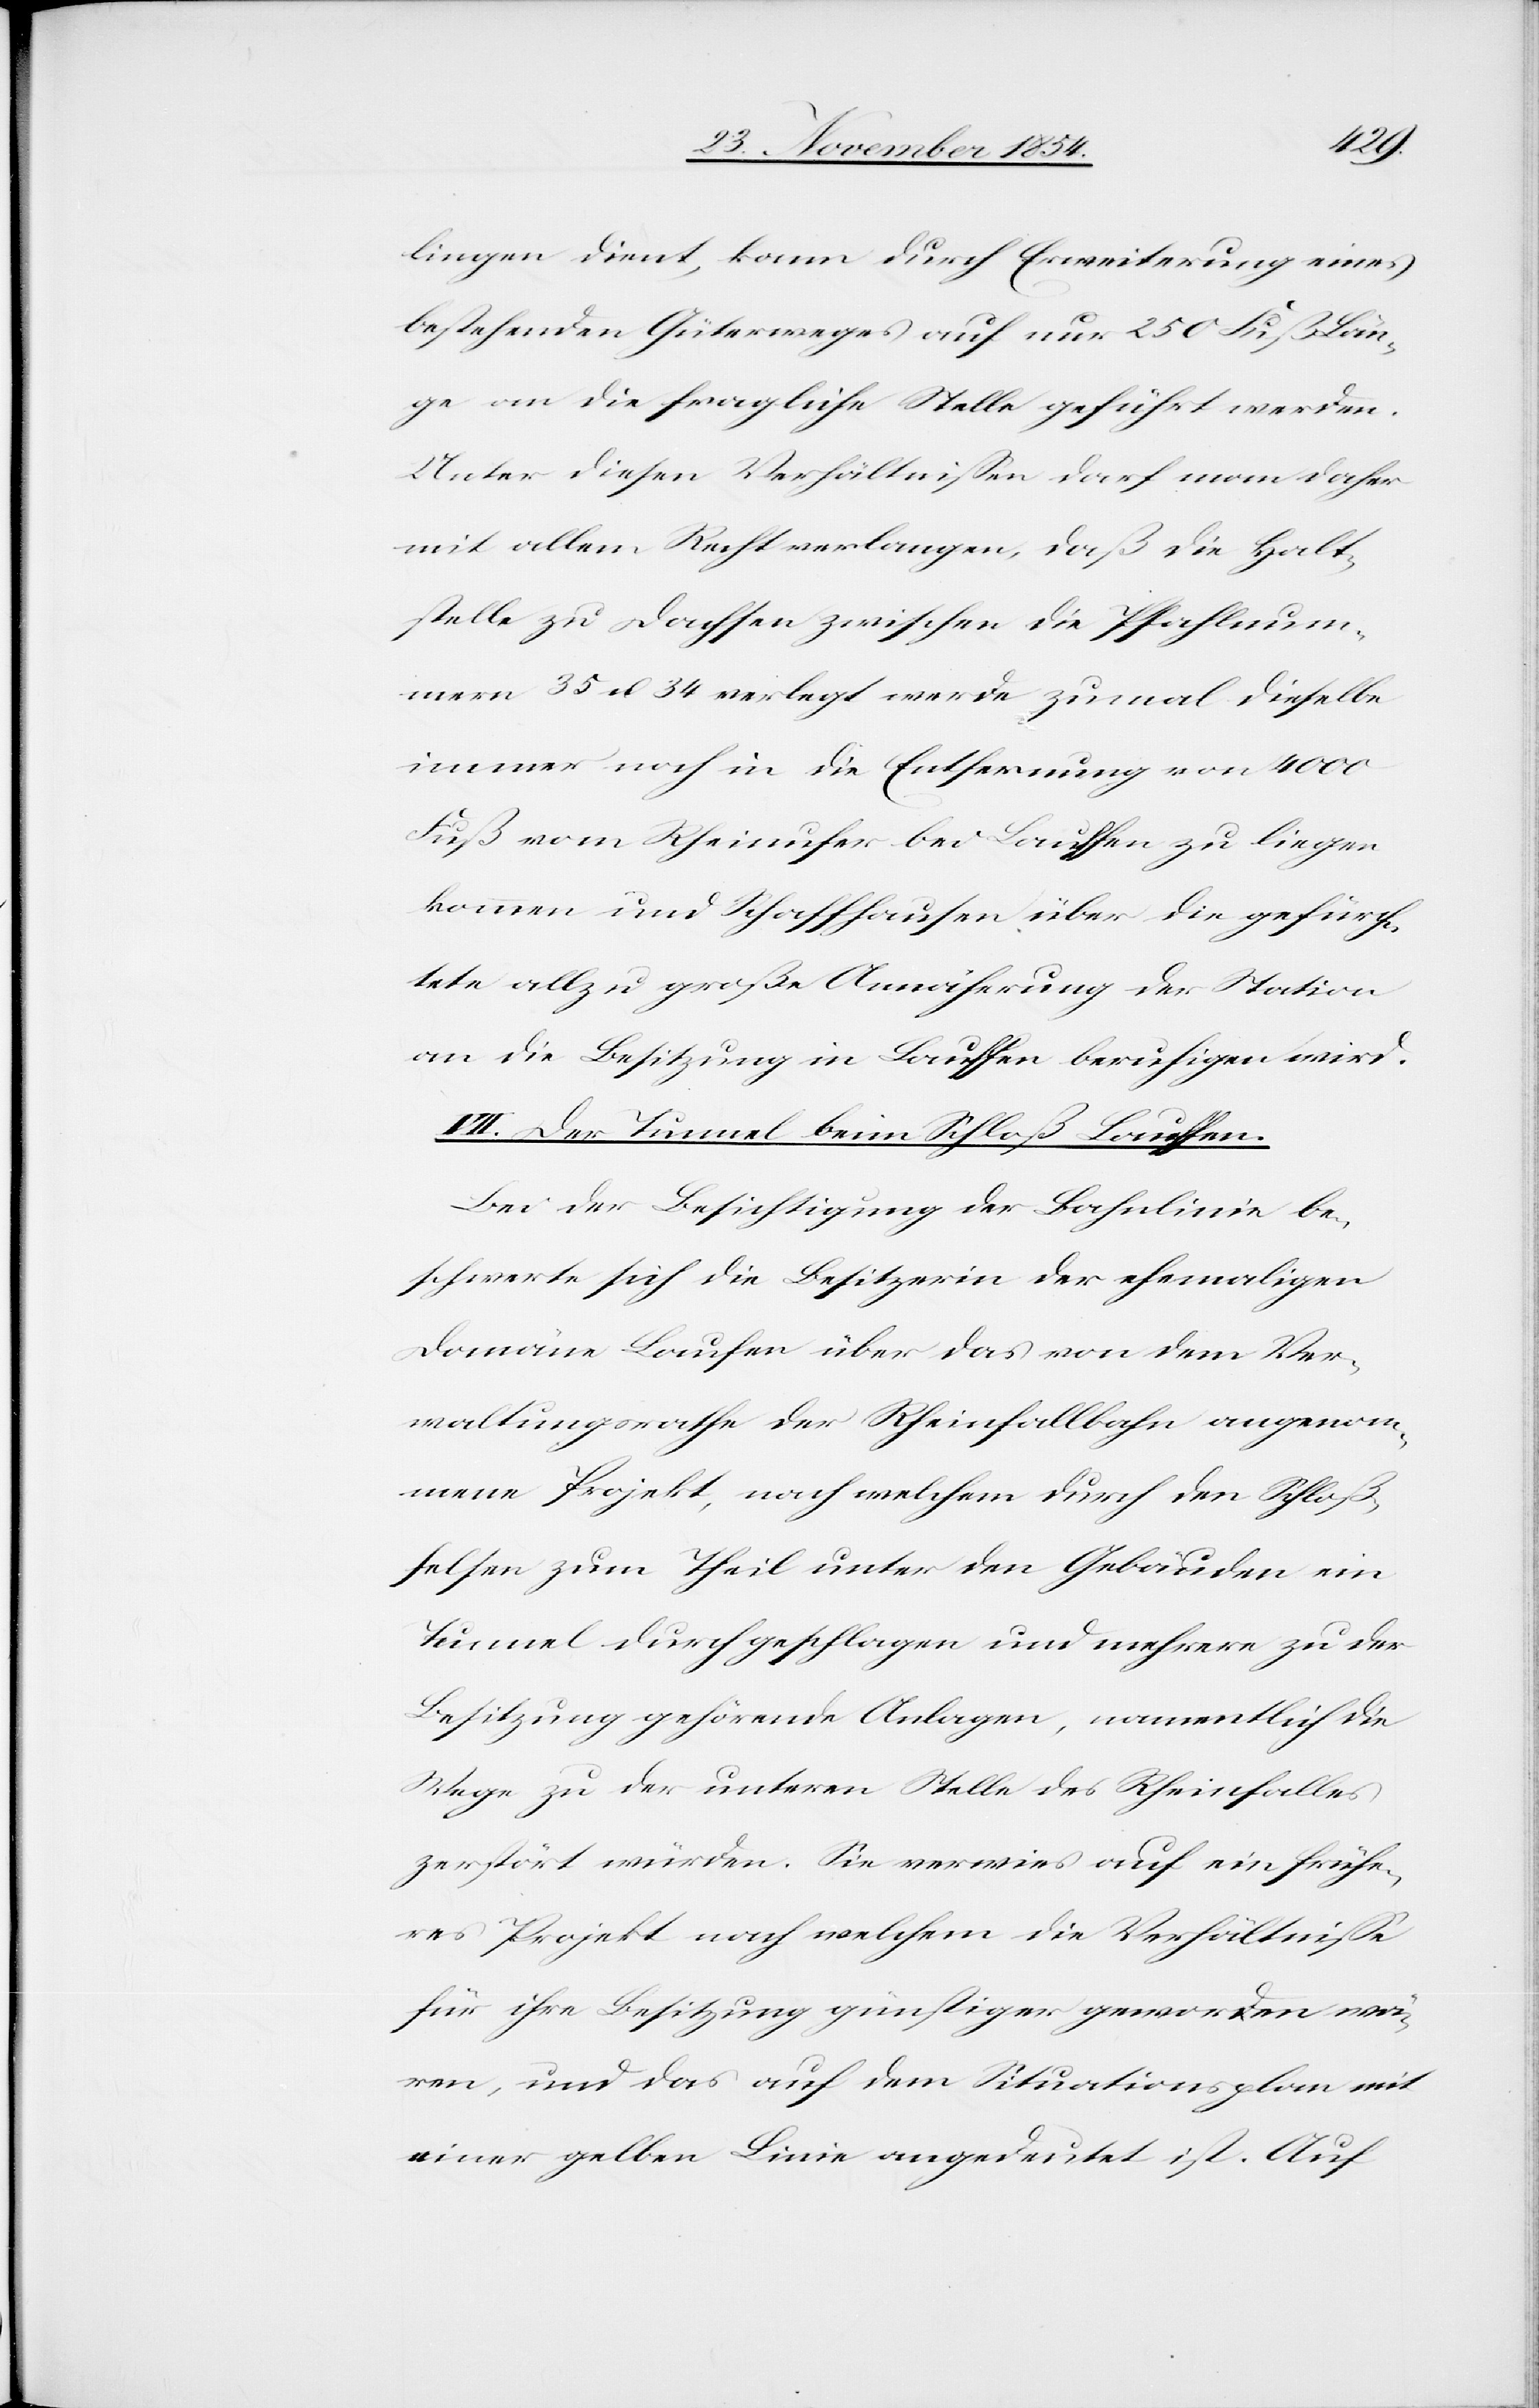
lingen dient, kann durch Erweiterung eines
bestehenden Güterweges auf nur 250 Fuß Län¬
ge an die fragliche Stelle geführt werden.
Unter diesen Verhältnißen darf man daher
mit allem Recht verlangen, daß die Halt¬
stelle zu Dachsen zwischen die Pfahlnum¬
mern 35 u. 34 verlegt werde zumal dieselbe
immer noch in die Entfernung von 4000
Fuß vom Rheinufer bei Lauffen zu liegen
kommen und Schaffhausen über die gefürch¬
tete allzu große Annäherung der Station
an die Besitzung in Lauffen beruhigen wird.
VII. Der Tunnel beim Schloß Lauffen.
Bei der Besichtigung der Bahnlinie be¬
schwerte sich die Besitzerin der ehemaligen
Domäne Lauf[f]en über das von dem Ver¬
waltungsrathe der Rheinfallbahn angenom¬
mene Projekt, nach welchem durch den Schloß¬
felsen zum Theil unter den Gebäuden ein
Tunnel durchgeschlagen und mehrere zu der
Besitzung gehörende Anlagen, namentlich die
Wege zu der unteren Stelle des Rheinfalles
zerstört würden. Sie verwies auf ein frühe¬
res Projekt nach welchem die Verhältniße
für ihre Besitzung günstiger geworden wä¬
ren, und das auf dem Situationsplan mit
einer gelben Linie angedeutet ist. Auf